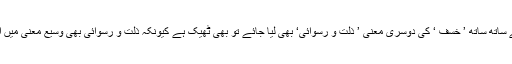
لیکن اگر اس کے ساتھ ساتھ ’ خسف ‘ کی دوسری معنی ’ ذلت و رسوائی‘ بھی لیا جائے تو بھی ٹھیک ہے کیونکہ ذلت و رسوائی بھی وسیع معنی میں استعمال ہوتا ہے۔